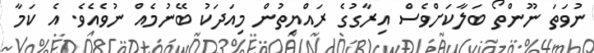
ނުވަތަ ނޫންތޯ ބަލާކަށްވެސް އިރާގުގެ ރައްޔިތުން މިއަދަކު ބޭނުމެއް ނުވެއެވެ. އެ ކަމާ